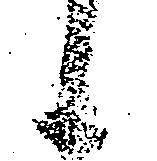
候